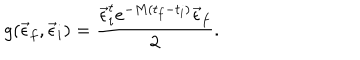
g ( \vec { \epsilon } _ { f } , \vec { \epsilon } _ { i } ) = \frac { \vec { \epsilon } _ { i } ^ { t } e ^ { - M ( t _ { f } - t _ { i } ) } \vec { \epsilon } _ { f } } { 2 } .